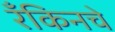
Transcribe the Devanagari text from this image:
रँकिनचे